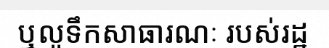
ឬលូទឹកសាធារណៈ របស់រដ្ឋ